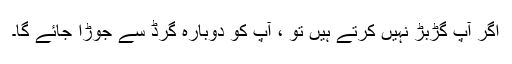
اگر آپ گڑبڑ نہیں کرتے ہیں تو ، آپ کو دوبارہ گرڈ سے جوڑا جائے گا۔